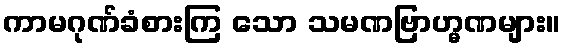
ကာမဂုဏ်ခံစားကြ သော သမဏဗြာဟ္မဏများ။